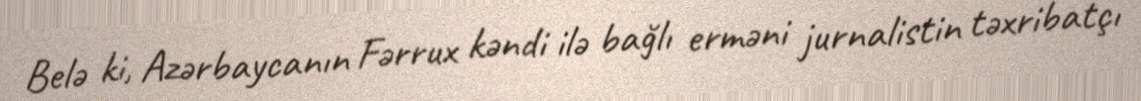
Belə ki, Azərbaycanın Fərrux kəndi ilə bağlı erməni jurnalistin təxribatçı